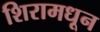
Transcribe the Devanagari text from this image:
शिरामधून